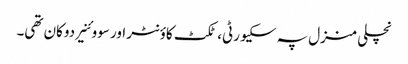
نچلی منزل پہ سکیورٹی، ٹکٹ کاؤنٹر اور سووئنیر دوکان تھی۔